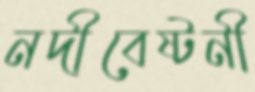
নদীবেষ্টনী